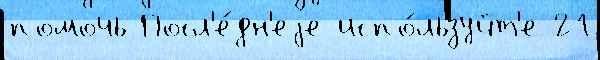
помочь Посл'е́дн'еjе испо́льзуйт'е 21